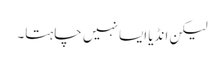
لیکن انڈیا ایسا نہیں چاہتا۔